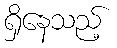
ရှိနေသည့်